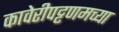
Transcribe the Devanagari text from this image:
कावेरीपट्टणमच्या